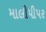
માલીપીપર